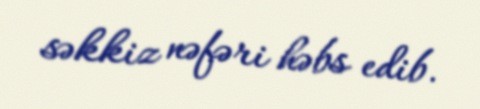
səkkiz nəfəri həbs edib.